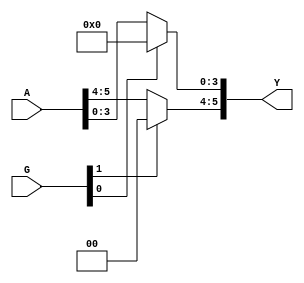

module x74367(

  input  [1:0] G,
  input  [5:0] A,
  output [5:0] Y

);

assign Y = {
  ~G[1] ? A[5:4] : 2'b0,
  ~G[0] ? A[3:0] : 4'b0
};

endmodule